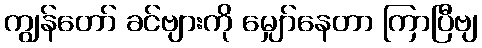
ကျွန်တော် ခင်ဗျားကို မျှော်နေတာ ကြာပြီဗျ